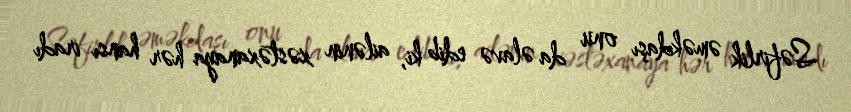
Səfirlik əməkdaşı onu da əlavə edib ki, ailənin xəstəxanaya hər hansı iradı